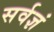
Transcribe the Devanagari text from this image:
सर्वज्ञं